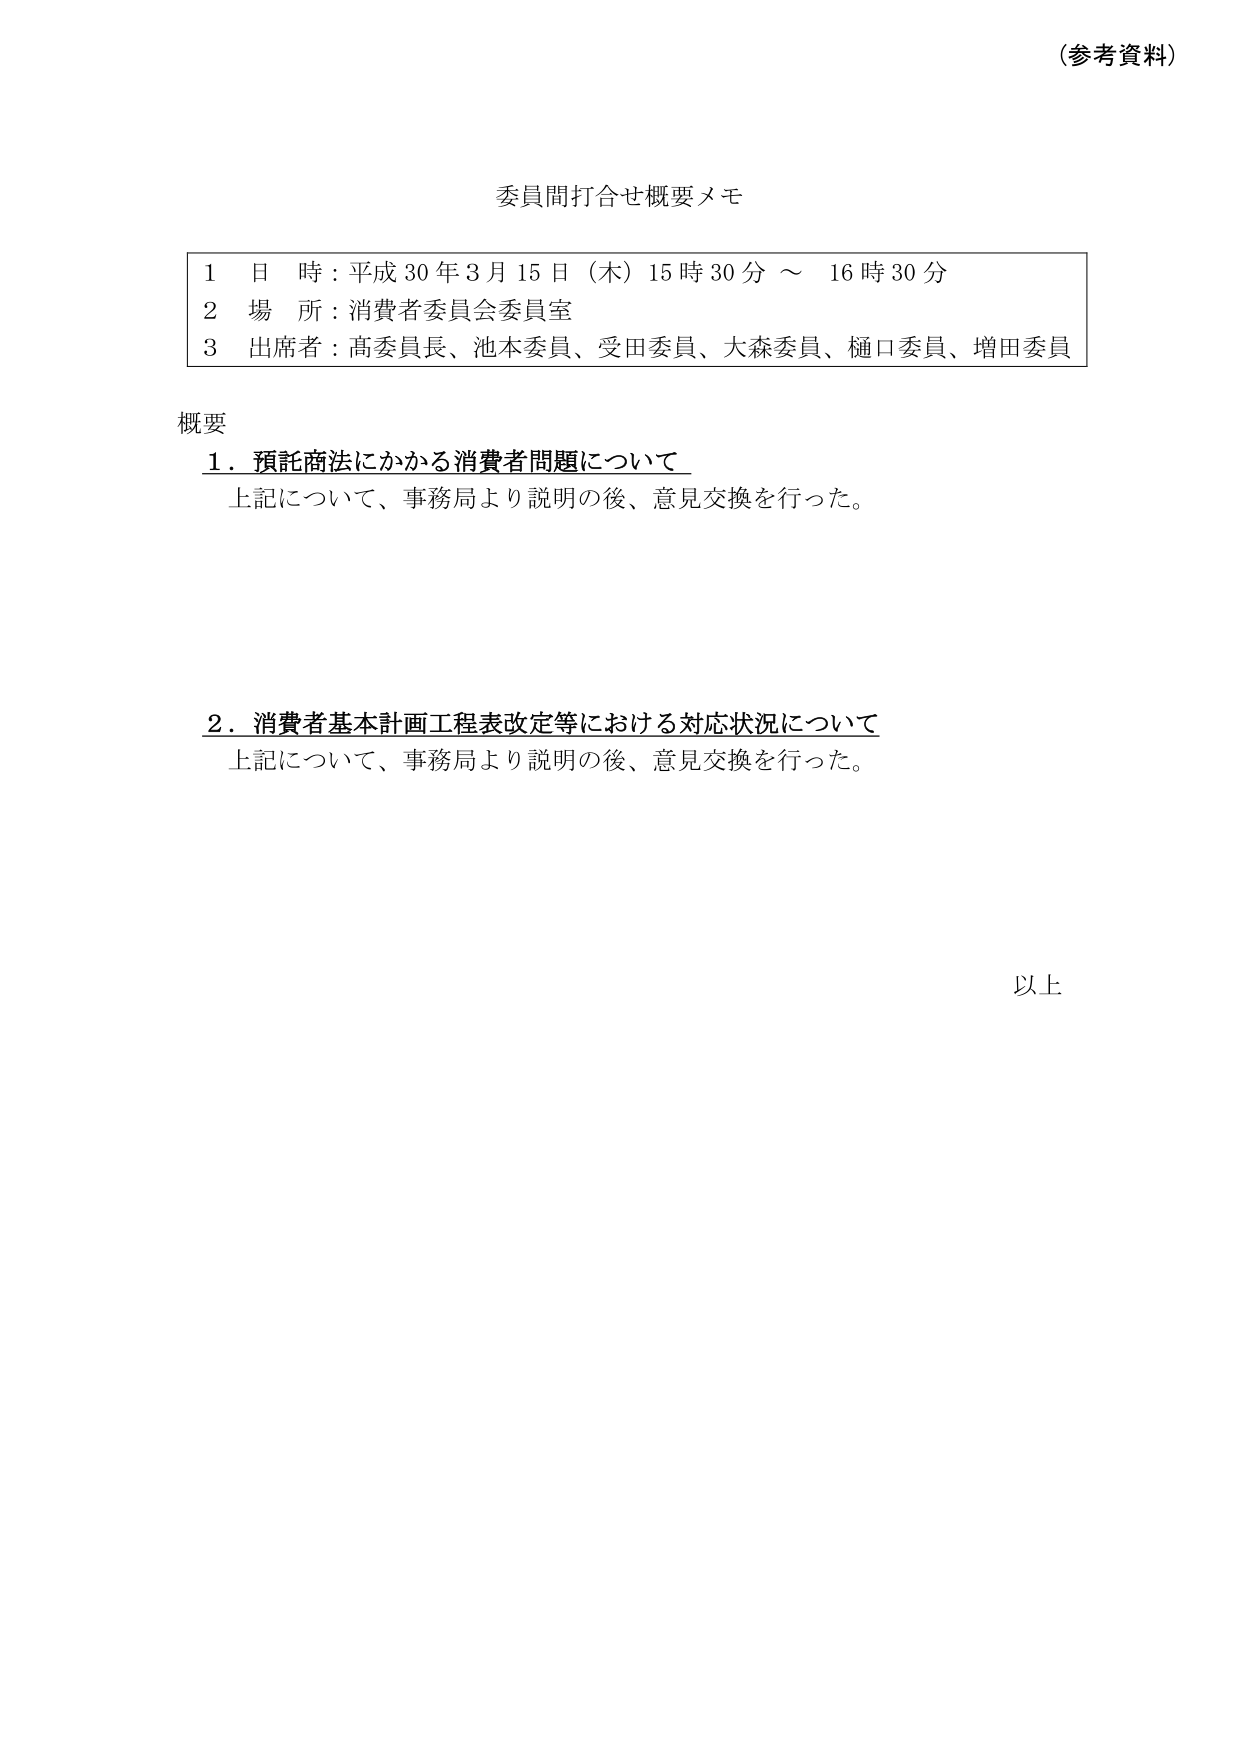
（参考資料）

委員間打合せ概要メモ

1 日 時：平成30年3月15日（木）15時30分 ～ 16時30分
2 場 所：消費者委員会委員室
3 出席者：高委員長、池本委員、受田委員、大森委員、樋口委員、増田委員

概要

1．預託商法にかかる消費者問題について
　上記について、事務局より説明の後、意見交換を行った。

2．消費者基本計画工程表改定等における対応状況について
　上記について、事務局より説明の後、意見交換を行った。

以上